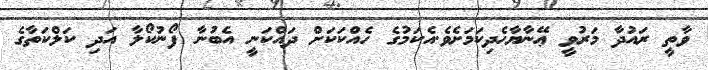
ވާތީ ރައުދާ މަރުވީ ޢޭނާޔާހެދިކަމަށެވެ.އެކަމުގެ ހެއްކަކަށް ދައްކަނީ އެބުނާ ފޯނުކޯލާ އަދި ކަލްކަތާގެ